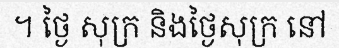
។ ថ្ងៃ សុក្រ និងថ្ងៃសុក្រ នៅ